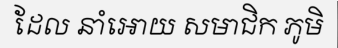
ដែល នាំអោយ សមាជិក ភូមិ